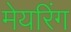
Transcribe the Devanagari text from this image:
मेयरिंग